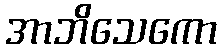
အာဘိသေကော